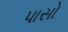
પાસો